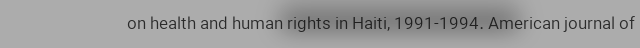
on health and human rights in Haiti, 1991-1994. American journal of